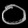
Digit: ၀